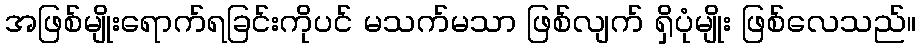
အဖြစ်မျိုးရောက်ရခြင်းကိုပင် မသက်မသာ ဖြစ်လျက် ရှိပုံမျိုး ဖြစ်လေသည်။